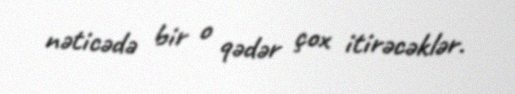
nəticədə bir o qədər çox itirəcəklər.